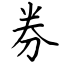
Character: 券